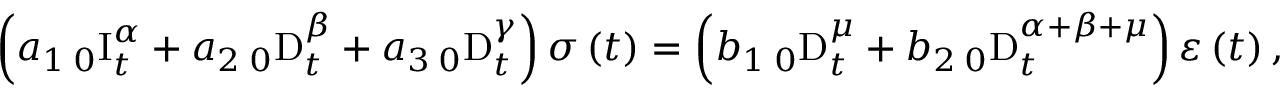
\left( a _ { 1 } \, _ { 0 } \mathrm { I } _ { t } ^ { \alpha } + a _ { 2 } \, _ { 0 } \mathrm { D } _ { t } ^ { \beta } + a _ { 3 } \, _ { 0 } \mathrm { D } _ { t } ^ { \gamma } \right) \sigma \left( t \right) = \left( b _ { 1 } \, _ { 0 } \mathrm { D } _ { t } ^ { \mu } + b _ { 2 } \, _ { 0 } \mathrm { D } _ { t } ^ { \alpha + \beta + \mu } \right) \varepsilon \left( t \right) ,